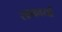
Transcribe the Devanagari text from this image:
साकार्या